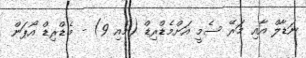
ނަޑާލް އާއި މަރޭ ސެމީ އަށްމެޑްރިޑް (މެއި 9) - މެޑްރިޑް އޯޕަން